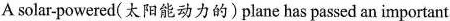
A solar-powered(太阳能动力的)plane has passed an important